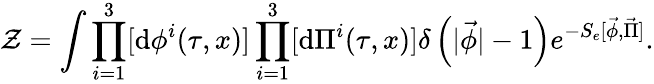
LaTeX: {\cal Z}=\int\prod_{i=1}^{3}[\mathrm{d}{\phi}^{i}(\tau,x)]\prod_{i=1}^{3}[\mathrm{d}{\Pi}^{i}(\tau,x)]\delta\left(|\vec{\phi}|-1\right)e^{-S_{e}[\vec{\phi},\vec{\Pi}]}.